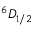
^ 6 D _ { 1 / 2 }